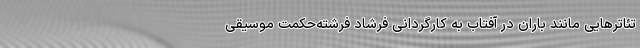
تئاترهایی مانند باران در آفتاب به کارگردانی فرشاد فرشته‌حکمت موسیقی